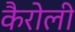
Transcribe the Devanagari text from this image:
कैरोली